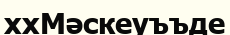
ххМәскеуъъде